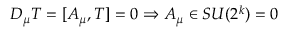
D _ { \mu } T = [ A _ { \mu } , T ] = 0 \Rightarrow A _ { \mu } \in S U ( 2 ^ { k } ) = 0